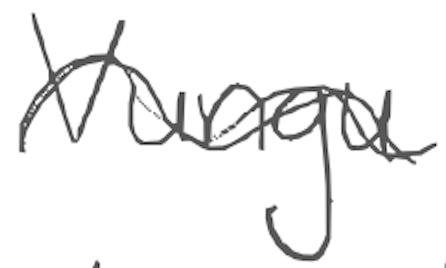
Text: Vungu
Cross-out: wave
Writing tool: digital_gray